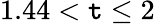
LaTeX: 1.44<\mathtt{t}\le2